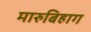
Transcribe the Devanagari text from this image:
मारुबिहाग